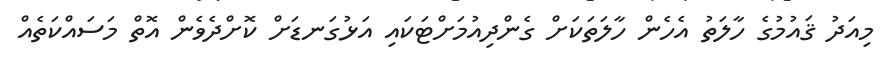
މިއަދު ޤައުމުގެ ހާލަތު އެހެން ހާލަތަކަށް ގެންދިއުމަށްޓަކައި އަޅުގަނޑަށް ކޮށްދެވެން އޮތް މަސައްކަތެއް